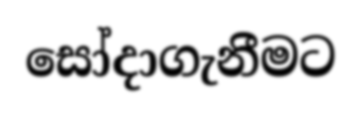
සෝදාගැනීමට